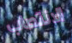
الانتصاب